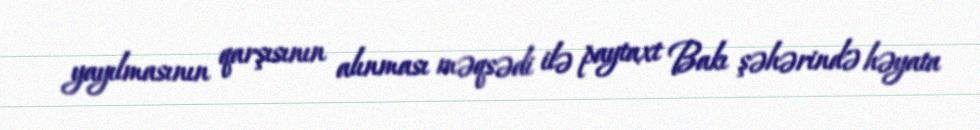
yayılmasının qarşısının alınması məqsədi ilə paytaxt Bakı şəhərində həyata